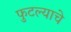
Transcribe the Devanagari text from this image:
फुटल्याचे